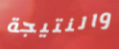
والنتيجة